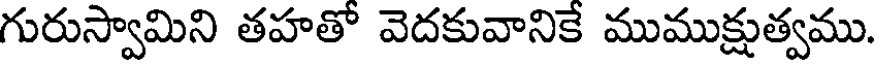
గురుస్వామిని తహతో వెదకువానికే ముముక్షుత్వము.